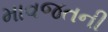
માવજતની